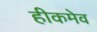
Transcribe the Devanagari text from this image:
हीकमेव